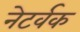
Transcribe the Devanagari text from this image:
नेटर्वक